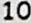
10